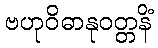
ဗဟုဝိဓာနုဝတ္တနိံ